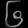
Digit: ၆